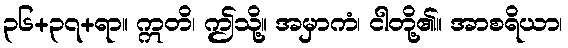
၃၆+၃၇+ရာ။ ဣတိ၊ ဤသို့။ အမှာကံ၊ ငါတို့၏။ အာစရိယာ၊